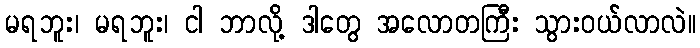
မရဘူး၊ မရဘူး၊ ငါ ဘာလို့ ဒါတွေ အလောတကြီး သွားဝယ်လာလဲ။